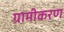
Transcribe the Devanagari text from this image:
ग्रामीकरण